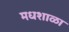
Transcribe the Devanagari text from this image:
मधशाळा